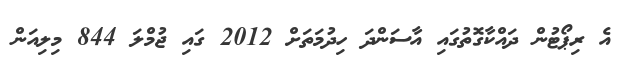
އެ ރިޕޯޓުން ދައްކާގޮތުގައި އާސަންދަ ހިދުމަތަށް 2012 ގައި ޖުމްލަ 844 މިލިއަން